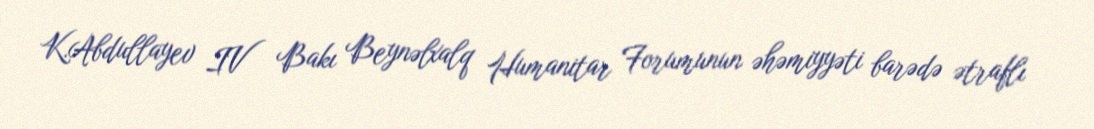
K.Abdullayev IV Bakı Beynəlxalq Humanitar Forumunun əhəmiyyəti barədə ətraflı